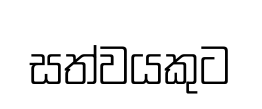
සත්වයකුට